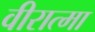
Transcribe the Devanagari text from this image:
वीरात्मा